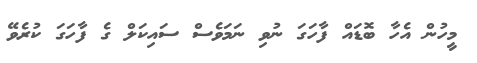
މީހުން އެހާ ބޮޑައް ފާހަގަ ނުވި ނަމަވެސް ސައިކަލް ގެ ފާހަގަ ކުރެވޭ